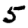
Digit: 5